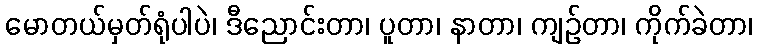
မောတယ်မှတ်ရုံပါပဲ၊ ဒီညောင်းတာ၊ ပူတာ၊ နာတာ၊ ကျဉ်တာ၊ ကိုက်ခဲတာ၊